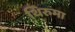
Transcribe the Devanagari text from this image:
थिरुमा